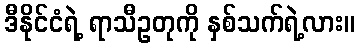
ဒီနိုင်ငံရဲ့ ရာသီဥတုကို နှစ်သက်ရဲ့လား။